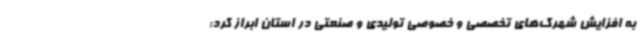
به افزایش شهرک‌های تخصصی و خصوصی تولیدی و صنعتی در استان ابراز کرد: